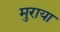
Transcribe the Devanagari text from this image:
मुराया